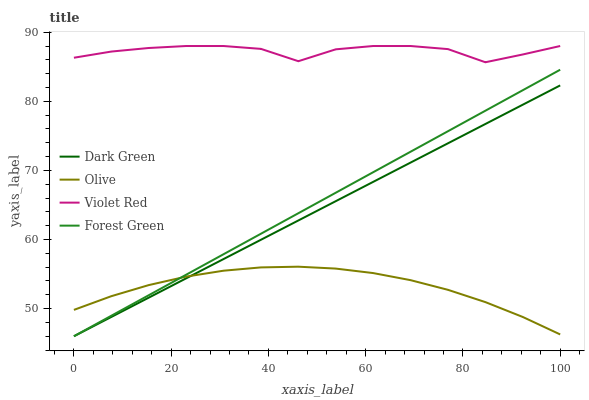
| xaxis_label | Dark Green | Olive | Violet Red | Forest Green |
 | --- | --- | --- | --- | --- |
 | 0 | 46 | 49.8 | 86.3 | 46 |
 | 7.69 | 48.8 | 51.8 | 87.2 | 49 |
 | 15.4 | 51.6 | 53.4 | 87.7 | 51.9 |
 | 23.1 | 54.4 | 54.6 | 88 | 54.9 |
 | 30.8 | 57.2 | 55.5 | 88 | 57.9 |
 | 38.5 | 60 | 56 | 87.6 | 60.8 |
 | 46.2 | 62.8 | 56.1 | 85.8 | 63.8 |
 | 53.8 | 65.5 | 55.8 | 87.5 | 66.8 |
 | 61.5 | 68.3 | 55.1 | 88 | 69.7 |
 | 69.2 | 71.1 | 54.1 | 88 | 72.7 |
 | 76.9 | 73.9 | 52.7 | 87.6 | 75.7 |
 | 84.6 | 76.7 | 50.9 | 85.6 | 78.6 |
 | 92.3 | 79.5 | 48.8 | 86.8 | 81.6 |
 | 100 | 82.3 | 46.3 | 88 | 84.6 |